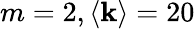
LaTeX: m=2,\langle\mathbf{k}\rangle=20